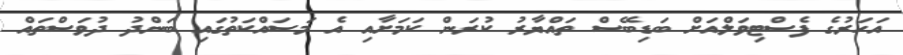
އަހަރުގެ ފެސްޓިވަލްއަށް ބަޑިބޭސް ތައްޔާރު ކުރަން ކަމަށާއި އެ މަސައްކަތުގައި ބަންދު ދުވަސްތައް